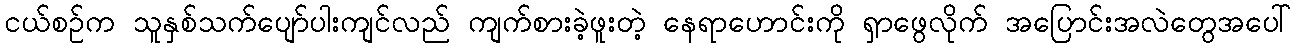
ငယ်စဉ်က သူနှစ်သက်ပျော်ပါးကျင်လည် ကျက်စားခဲ့ဖူးတဲ့ နေရာဟောင်းကို ရှာဖွေလိုက် အပြောင်းအလဲတွေအပေါ်